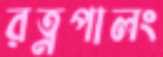
রত্নপালং